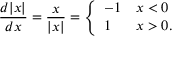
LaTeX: { \frac { d | x | } { d x } } = { \frac { x } { | x | } } = { \left\{ \begin{array} { l l } { - 1 } & { x < 0 } \\ { 1 } & { x > 0 . } \end{array} \right. }